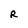
Character: R